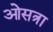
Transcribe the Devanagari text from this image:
ओसत्रा